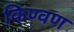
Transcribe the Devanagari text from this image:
किण्वण